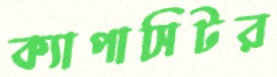
ক্যাপাসিটর